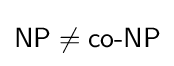
{\textsf {NP}}\neq {\textsf {co-NP}}